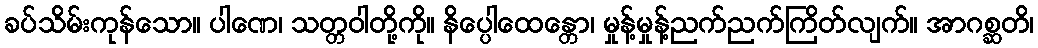
ခပ်သိမ်းကုန်သော။ ပါဏေ၊ သတ္တဝါတို့ကို။ နိပ္ပေါထေန္တော၊ မှုန့်မှုန့်ညက်ညက်ကြိတ်လျက်။ အာဂစ္ဆတိ၊